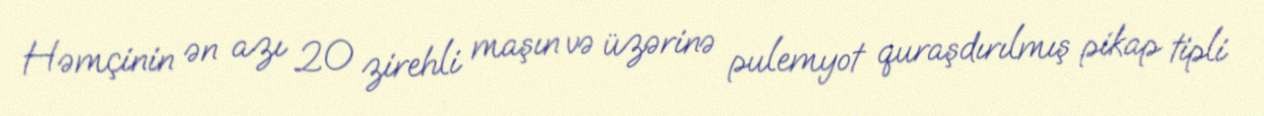
Həmçinin ən azı 20 zirehli maşın və üzərinə pulemyot quraşdırılmış pikap tipli